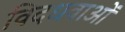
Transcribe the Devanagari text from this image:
विदधवाओं